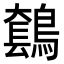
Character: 𪄤